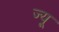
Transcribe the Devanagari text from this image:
ज्‍यू